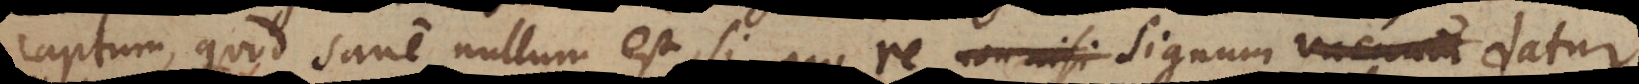
captum, quod sane nullum est, si pro re non nisi signum vacuum signum